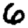
Digit: 6